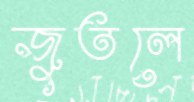
জুতলে